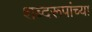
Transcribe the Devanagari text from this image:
शब्दरूपांच्या